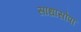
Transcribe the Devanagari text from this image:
साधासोपा